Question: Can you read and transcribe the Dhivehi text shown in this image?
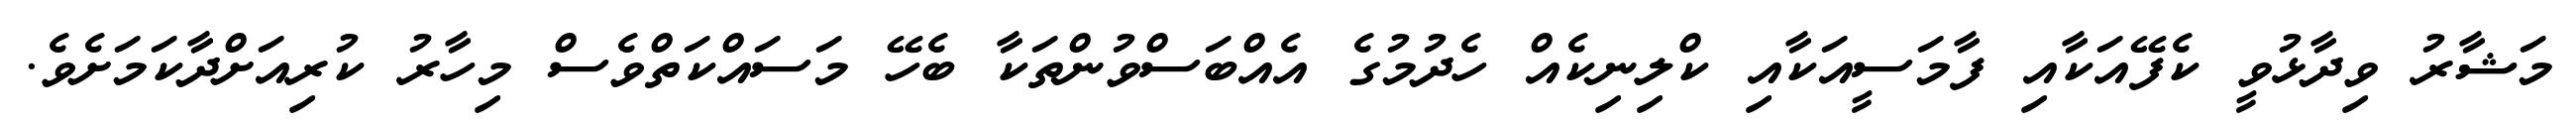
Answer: މަޝާރު ވިދާޅުވީ ކެފޭއަކާއި ފާމަސީއަކާއި ކްލިނިކެއް ހެދުމުގެ އެއްބަސްވުންތަކާ ބެހޭ މަސައްކަތްވެސް މިހާރު ކުރިއަށްދާކަމަށެވެ.